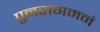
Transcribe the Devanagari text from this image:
पुनरागमनं